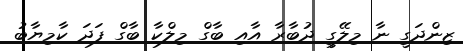
ޒިންދަގީ ނާ މިލޭގީ ދުބާރާ އާއި ބާގް މިލްކާ ބާގް ފަދަ ކާމިޔާބު